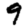
Digit: 9